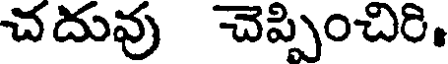
చదువు చెప్పించిరి.